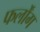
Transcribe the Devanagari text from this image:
फर्लोंग